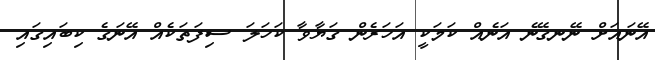
އޭނައަށް ނޭނގޭނެ އަނެއް ކަމަކީ އަހަރެން ގަޔާވާ ކަހަލަ ސިފަތަކެއް އޭނަގެ ކިބައިގައި